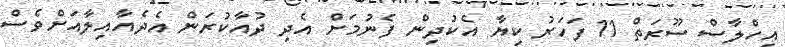
އިހްލާސް ސޫރަތް 11 ފަހަރު ކިޔާ އެކުދިން ފެނުމަށް އެދި ދުއާކުރަން އެދެއާއިލާއަށްވެސް